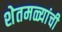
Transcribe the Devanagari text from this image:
शेतमळ्यांची